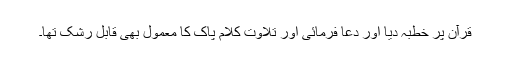
قرآن پر خطبہ دیا اور دعا فرمائی اور تلاوتِ کلام پاک کا معمول بھی قابلِ رشک تھا۔